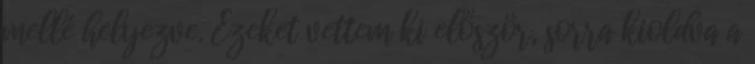
mellé helyezve. Ezeket vettem ki először, sorra kioldva a